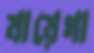
যায়েগা